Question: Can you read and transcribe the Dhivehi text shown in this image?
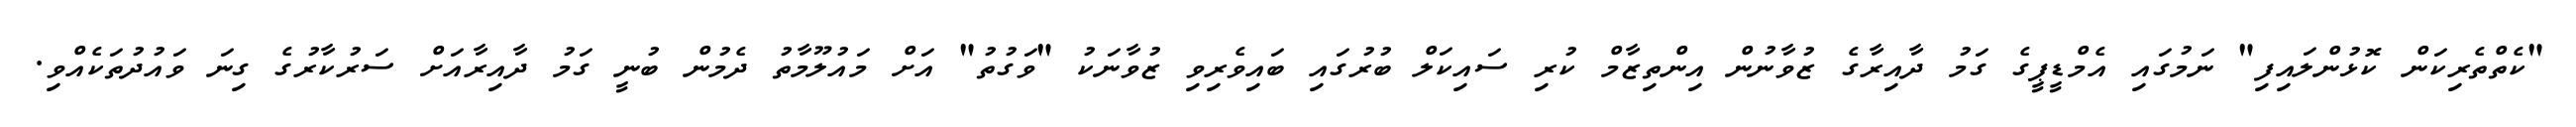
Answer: "ކެތްތެރިކަން ކޮޅުންލައިފި" ނަމުގައި އެމްޑީޕީގެ ގަމު ދާއިރާގެ ޒުވާނުން އިންތިޒާމް ކުރި ސައިކަލް ބުރުގައި ބައިވެރިވި ޒުވާނަކު "ވަގުތު" އަށް މައުލޫމާތު ދެމުން ބުނީ ގަމު ދާއިރާއަށް ސަރުކާރުގެ ގިނަ ވައުދުތަކެއްވި.